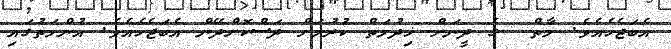
އެބަޖެހެއެވެ. މާތް  ގެ ދީނަށް ޚިދުމަތް ކުރުމަށް ދަސްކޮށްދޭން އެބަޖެހެއެވެ. އުންމަތުގައި